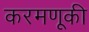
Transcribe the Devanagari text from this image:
करमणूकी